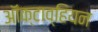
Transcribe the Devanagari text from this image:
ऑक्टाव्हियन